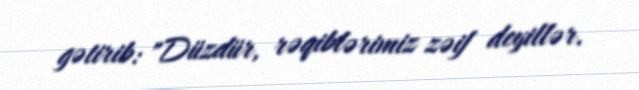
gətirib: "Düzdür, rəqiblərimiz zəif deyillər.